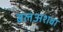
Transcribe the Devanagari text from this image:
बलअशबा